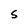
Character: S